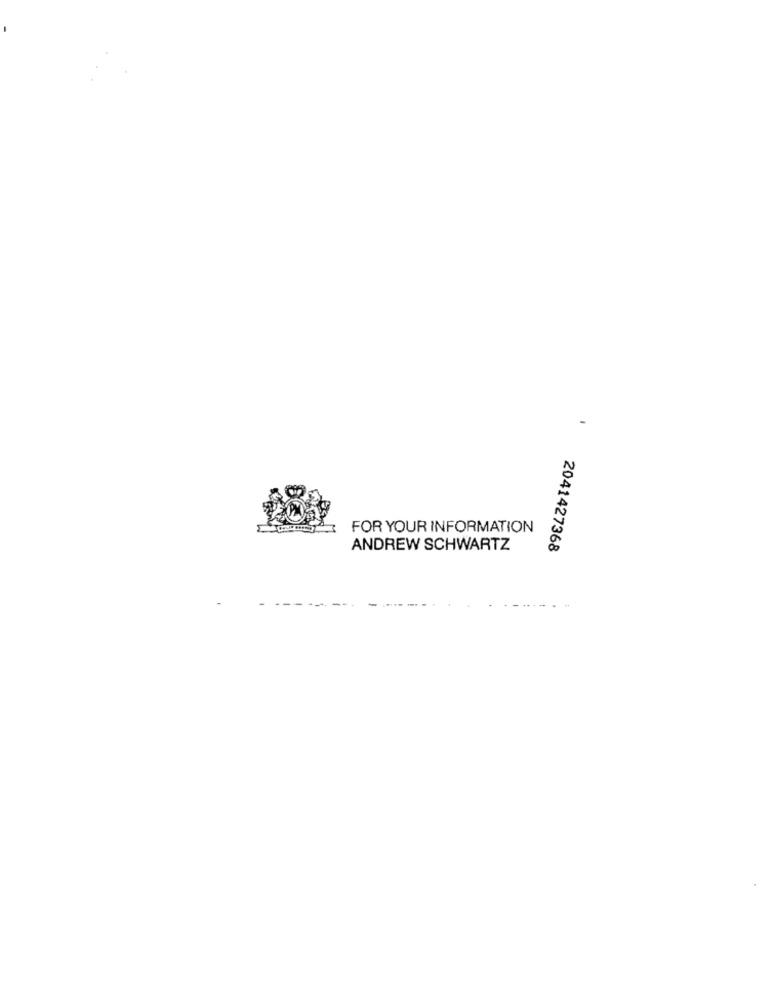
-
FOR YOUR INFORMATION
ANDREW SCHWARTZ
2041427368